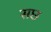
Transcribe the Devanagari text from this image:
सछ